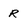
Character: R